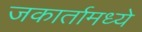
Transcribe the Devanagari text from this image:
जकार्तामध्ये